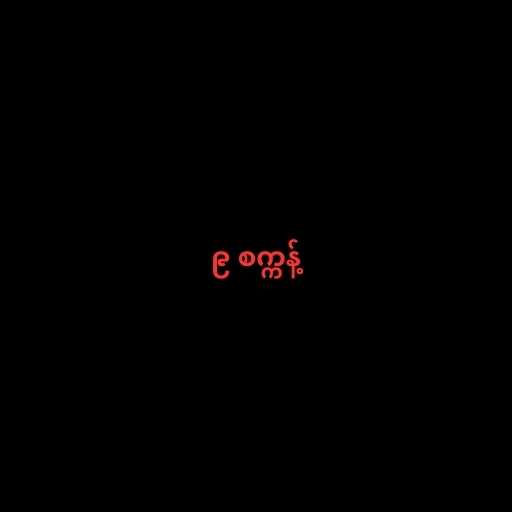
၉ စက္ကန့်